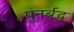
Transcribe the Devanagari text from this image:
पुनर्बद्ध